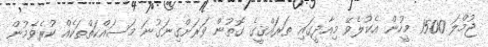
ޖުމްލަ 1500 މީހުން އެކުލެވޭ މިއާދީގައި ތަރައްޤީގެ ގޮތުން ވަރަށްގިނަގުނަ މަސައްކަތްތަކެއް ކުރެވެމުން